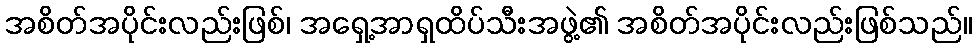
အစိတ်အပိုင်းလည်းဖြစ်၊ အရှေ့အာရှထိပ်သီးအဖွဲ့၏ အစိတ်အပိုင်းလည်းဖြစ်သည်။